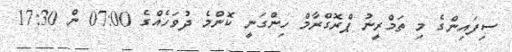
ސިފައިންގެ މި ތަމްރީނު ޕްރޮގްރާމް ހިންގަނީ ކޮންމެ ދުވަހެއްގެ 07:00 ން 17:30